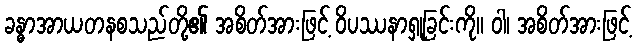
ခန္ဓာအာယတနစသည်တို့၏ အစိတ်အားဖြင့် ဝိပဿနာရှုခြင်းကို။ ဝါ၊ အစိတ်အားဖြင့်